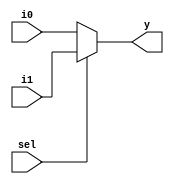
////////////////////////////////////////////////////////////////////////////////
//                              ARM Architecture:	                    		      //	
// 		                      MUX 2 input 1 out put 32bit	 	                     //
// Revision by: Erfan Iravani								                                         //
////////////////////////////////////////////////////////////////////////////////

module mux2to1_32b (i0, i1, sel, y);
  input [31:0] i0, i1;
  input sel;
  output [31:0] y;
  
  assign y = (sel==1'b1) ? i1 : i0;
  
endmodule